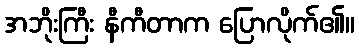
အဘိုးကြီး နီကီတာက ပြောလိုက်၏။